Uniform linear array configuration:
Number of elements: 8
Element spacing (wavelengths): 0.75
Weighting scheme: binomial
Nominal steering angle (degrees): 15
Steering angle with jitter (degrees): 14.767
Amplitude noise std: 0.05
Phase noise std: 0.05

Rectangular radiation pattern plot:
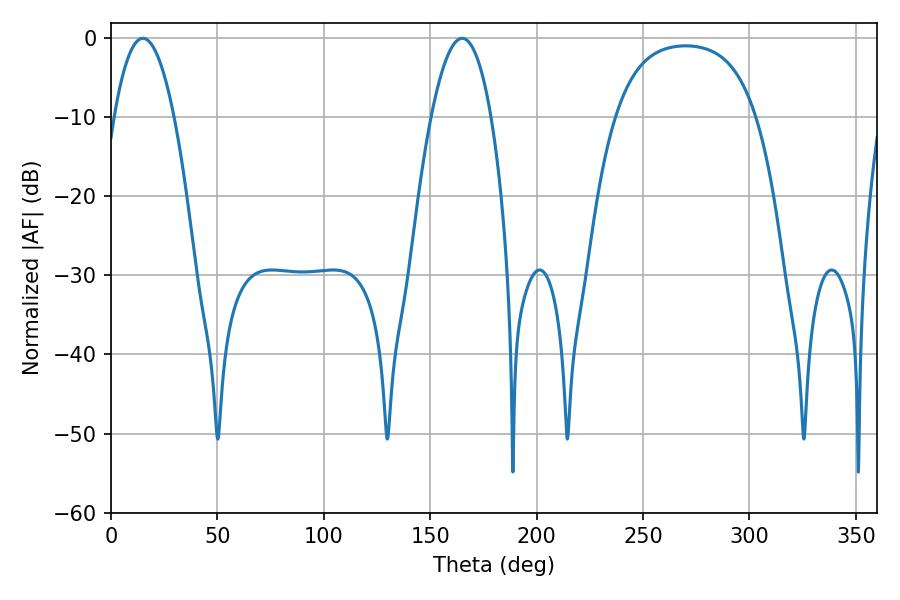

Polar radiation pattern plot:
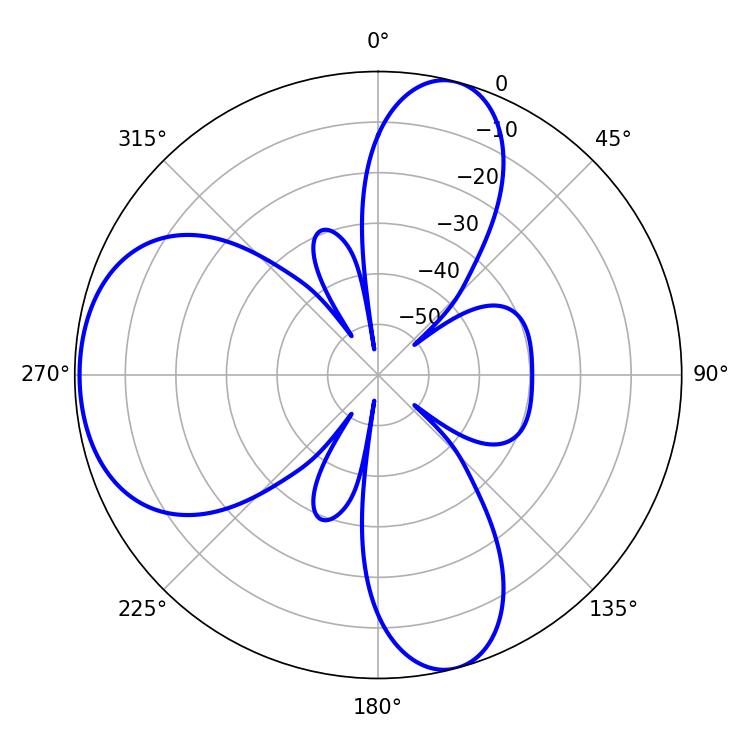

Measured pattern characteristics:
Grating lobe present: TRUE
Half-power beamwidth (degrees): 15.48
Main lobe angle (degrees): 14.94